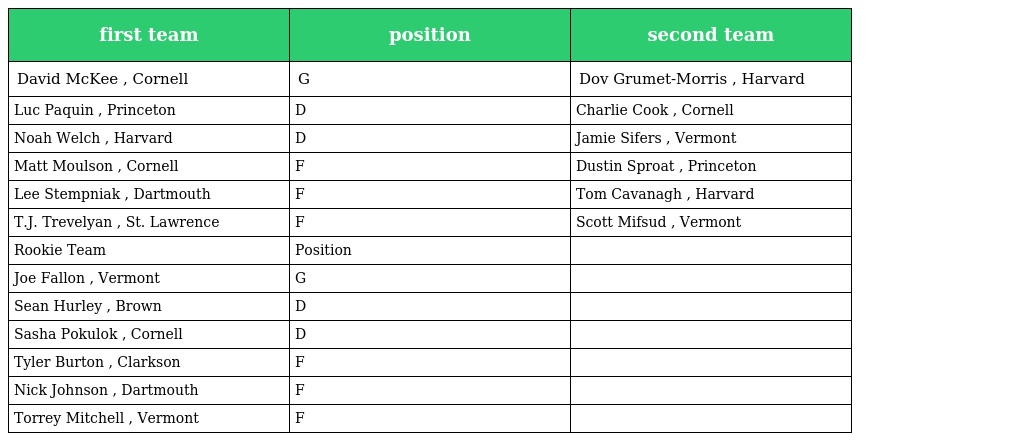
| first team | position | second team |
 | --- | --- | --- |
 | David McKee , Cornell | G | Dov Grumet-Morris , Harvard |
 | Luc Paquin , Princeton | D | Charlie Cook , Cornell |
 | Noah Welch , Harvard | D | Jamie Sifers , Vermont |
 | Matt Moulson , Cornell | F | Dustin Sproat , Princeton |
 | Lee Stempniak , Dartmouth | F | Tom Cavanagh , Harvard |
 | T.J. Trevelyan , St. Lawrence | F | Scott Mifsud , Vermont |
 | Rookie Team | Position |  |
 | Joe Fallon , Vermont | G |  |
 | Sean Hurley , Brown | D |  |
 | Sasha Pokulok , Cornell | D |  |
 | Tyler Burton , Clarkson | F |  |
 | Nick Johnson , Dartmouth | F |  |
 | Torrey Mitchell , Vermont | F |  |